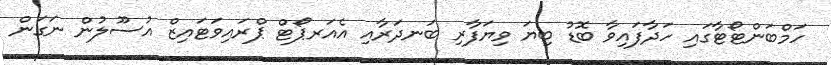
ހަމްބަންޓޯޓާގައި ހަދާފައިވާ ބޮޑު ބިޔަ ވިޔަފާރި ބަނދަރާއި އެއަރޕޯޓް ޕްރައިވަޓައިޒް އުސޫލުން ނަގަން